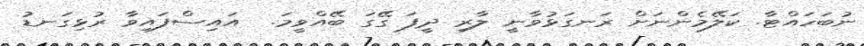
ނުބަހައްޓާ. ކަލޭމެންނަށް ރަނގަޅުވާނީ ލާރި ދީފަ ގޭގަ ބޭއްވީމަ.  އައިސްފައިވާ ރުޅިގަނޑު